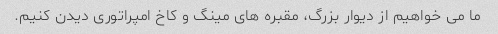
ما می خواهیم از دیوار بزرگ، مقبره های مینگ و کاخ امپراتوری دیدن کنیم.